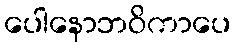
ပေါနောဘဝိကာပေ